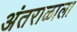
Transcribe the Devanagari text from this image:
अंतराळाला